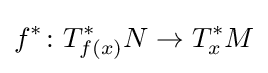
f^{*}\colon T_{f(x)}^{*}N\to T_{x}^{*}M